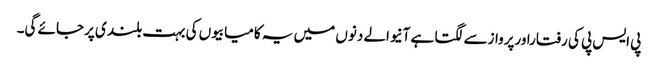
پی ایس پی کی رفتاراورپروازسے لگتا ہے آنیوالے دنوں میں یہ کامیابیوں کی بہت بلند ی پرجائے گی۔